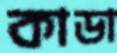
কাডা